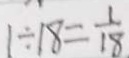
1 \div 1 8 = \frac { 1 } { 1 8 }